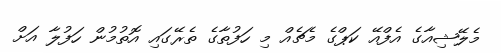
މެލޭޝިއާގެ އެފްއޭ ކަޕްގެ މެޗެއް މި ހަފުތާގެ ތެރޭގައި އޮތުމުން ހަފުލާ އަށް